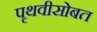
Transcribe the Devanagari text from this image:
पृथवीसोबत